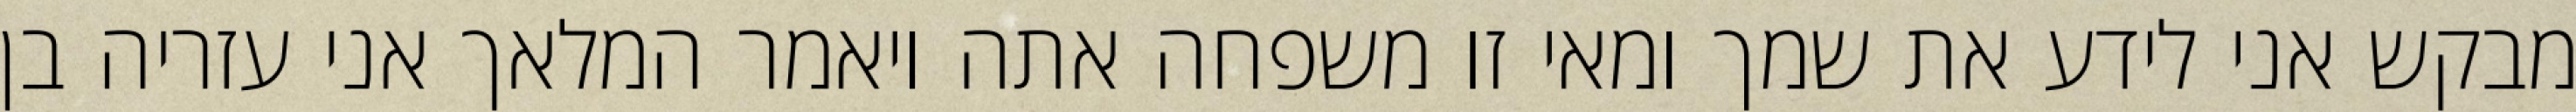
מבקש אני לידע את שמך ומאי זו משפחה אתה ויאמר המלאך אני עזריה בן